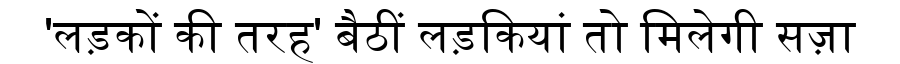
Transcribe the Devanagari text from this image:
'लड़कों की तरह' बैठीं लड़कियां तो मिलेगी सज़ा